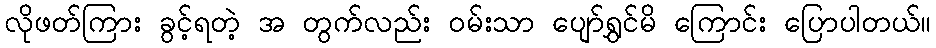
လိုဖတ်ကြား ခွင့်ရတဲ့ အ တွက်လည်း ဝမ်းသာ ပျော်ရွှင်မိ ကြောင်း ပြောပါတယ်။